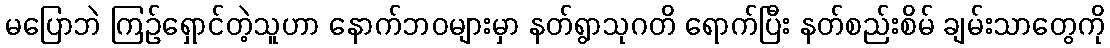
မပြောဘဲ ကြဉ်ရှောင်တဲ့သူဟာ နောက်ဘဝများမှာ နတ်ရွာသုဂတိ ရောက်ပြီး နတ်စည်းစိမ် ချမ်းသာတွေကို